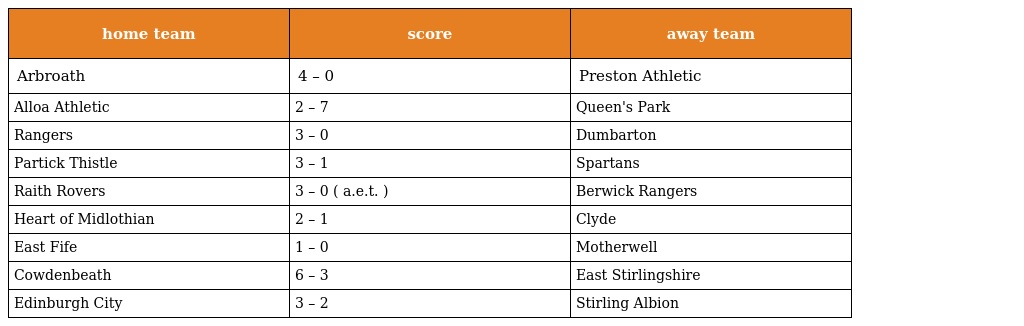
| home team | score | away team |
 | --- | --- | --- |
 | Arbroath | 4 – 0 | Preston Athletic |
 | Alloa Athletic | 2 – 7 | Queen's Park |
 | Rangers | 3 – 0 | Dumbarton |
 | Partick Thistle | 3 – 1 | Spartans |
 | Raith Rovers | 3 – 0 ( a.e.t. ) | Berwick Rangers |
 | Heart of Midlothian | 2 – 1 | Clyde |
 | East Fife | 1 – 0 | Motherwell |
 | Cowdenbeath | 6 – 3 | East Stirlingshire |
 | Edinburgh City | 3 – 2 | Stirling Albion |